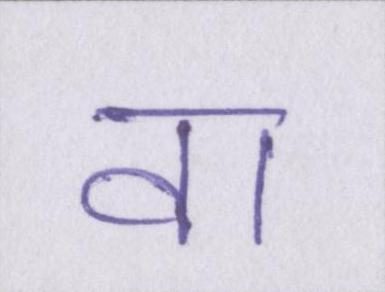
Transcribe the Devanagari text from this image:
वा